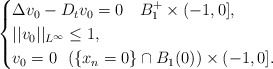
\begin{align*}\begin{cases}\Delta v_0 - D_t v_0 = 0\ \ \ B_{1}^{+} \times (-1, 0],\\||v_0||_{L^{\infty}} \leq 1,\\v_0 = 0 \ \ (\{x_n=0\} \cap B_{1}(0)) \times (-1,0].\end{cases}\end{align*}